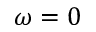
\omega = 0